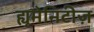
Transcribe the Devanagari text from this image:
ह्यूमेनिटीज़